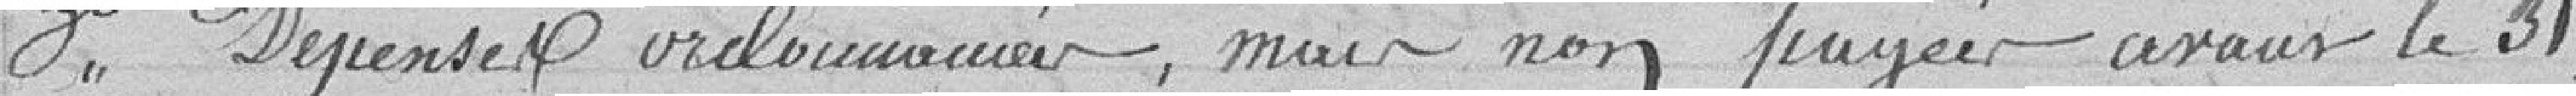
3° Dépenses ordonnancées, mais non payées avec le 31